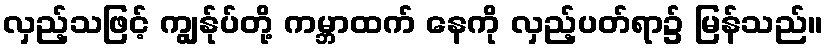
လှည့်သဖြင့် ကျွန်ုပ်တို့ ကမ္ဘာထက် နေကို လှည့်ပတ်ရာ၌ မြန်သည်။